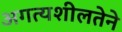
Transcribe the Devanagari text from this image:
अगत्यशीलतेने